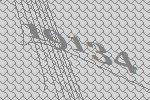
19134